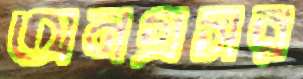
অনগ্রসর